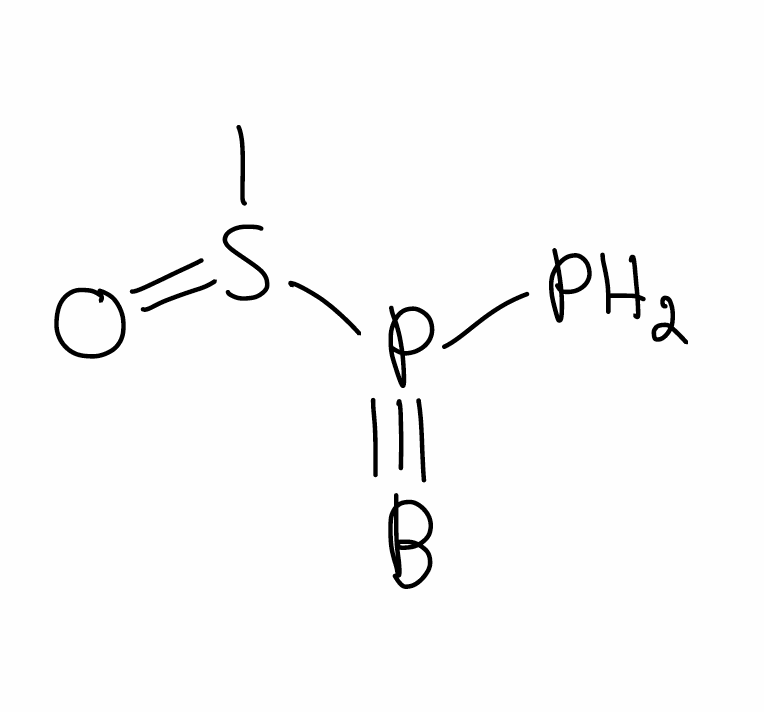
Simplified molecular-input line-entry system (SMILES) notation of the given molecule:
B#P(P)S(=O)C